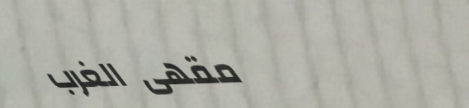
مقهى الغرب